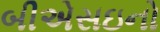
બીએસઇનો